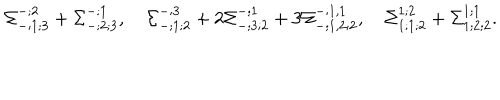
\Sigma _ { - ; 1 ; 3 } ^ { - ; 2 } + \Sigma _ { - ; 2 ; 3 } ^ { - ; 1 } , \quad \Sigma _ { - ; 1 ; 2 } ^ { - ; 3 } + 2 \Sigma _ { - ; 3 ; 2 } ^ { - ; 1 } + 3 \Sigma _ { - ; 1 , 2 ; 2 } ^ { - ; 1 , 1 } , \quad \Sigma _ { 1 ; 1 ; 2 } ^ { 1 ; 2 } + \Sigma _ { 1 ; 2 ; 2 } ^ { 1 ; 1 } .